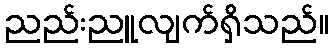
ညည်းညူလျက်ရှိသည်။